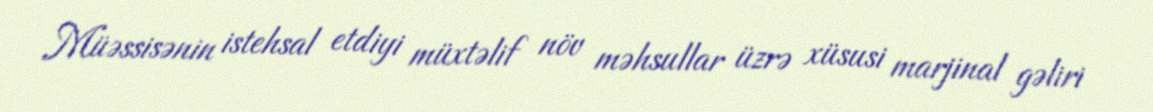
Müəssisənin istehsal etdiyi müxtəlif növ məhsullar üzrə xüsusi marjinal gəliri